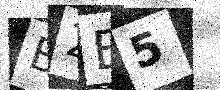
Text: B2E5